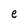
Character: e